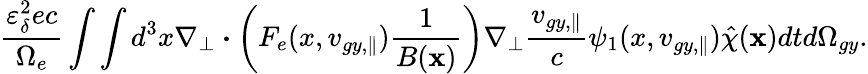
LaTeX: \frac{\varepsilon_{\delta}^{2}ec}{\Omega_{e}}\int\int d^{3}x\nabla_{\perp}\boldsymbol{\cdot}\left(F_{e}(x,v_{gy,\parallel})\frac{1}{B(\textbf{x})}\right)\nabla_{\perp}\frac{v_{gy,\parallel}}{c}\psi_{1}(x,v_{gy,\parallel})\hat{\chi}(\textbf{x})dtd\Omega_{gy}.